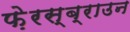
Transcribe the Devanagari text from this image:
फ़ेरस्ब्राउन